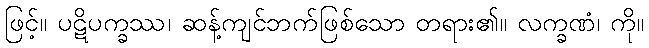
ဖြင့်။ ပဋိပက္ခဿ၊ ဆန့်ကျင်ဘက်ဖြစ်သော တရား၏။ လက္ခဏံ၊ ကို။